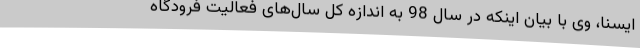
ایسنا، وی با بیان اینکه در سال 98 به اندازه کل سال‌های فعالیت فرودگاه